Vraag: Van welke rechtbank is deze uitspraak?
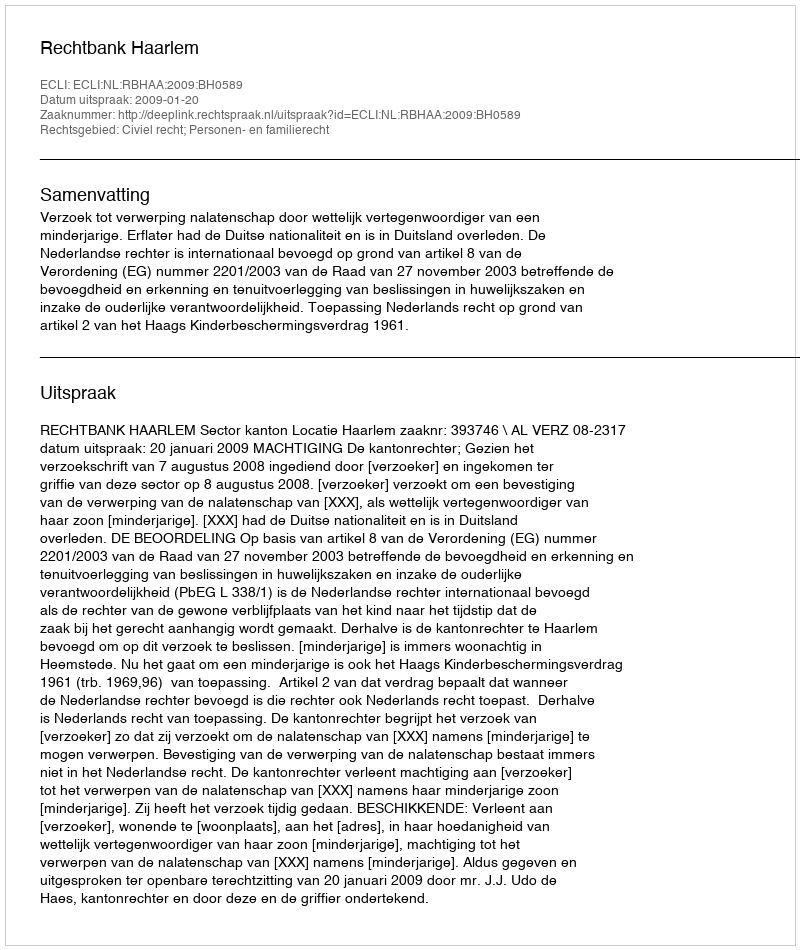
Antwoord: Rechtbank Haarlem